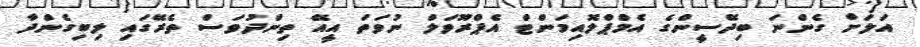
އަލަށް ގެންނަ ބިދޭސީންގެ އެމްޕްލޮއިމަންޓް އެޕްރޫވަލް ނުވަތަ އީއޭ ތިންދުވަސް ތެރޭގައި ލިބިގެންދާ